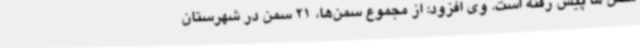
سمن ها پیش رفته است. وی افزود: از مجموع سمن‌ها، 21 سمن در شهرستان